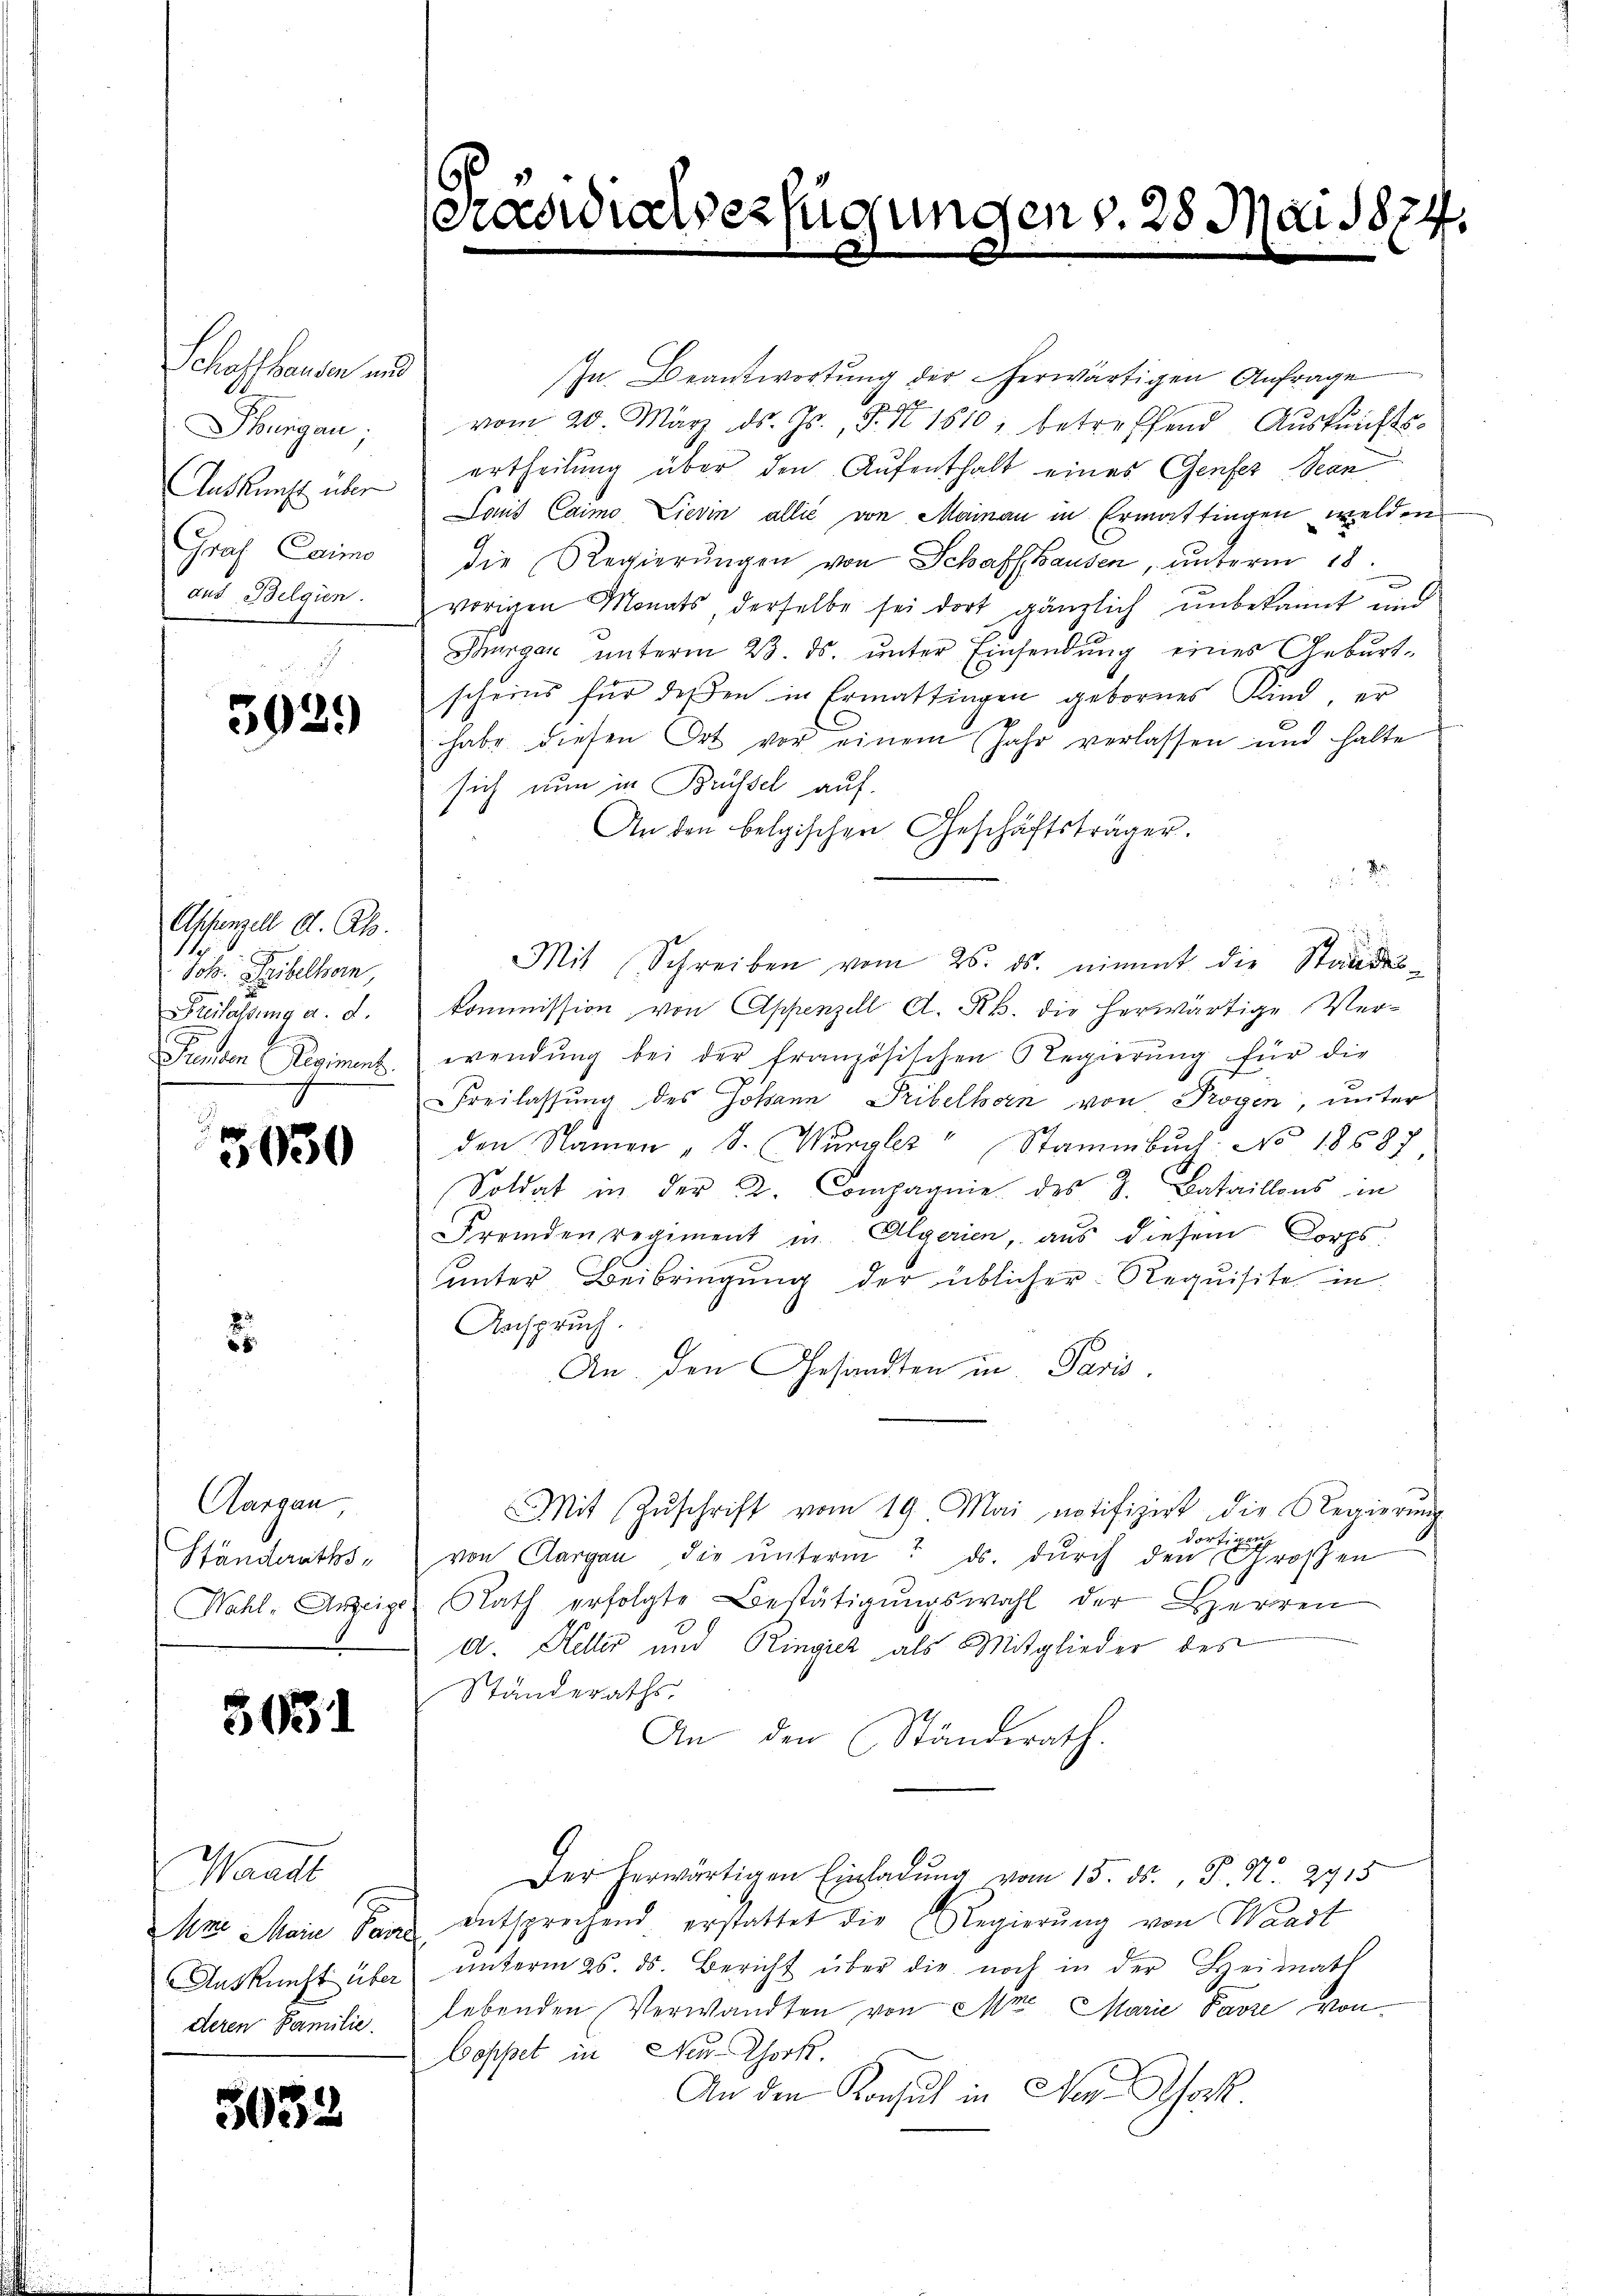
Schotthausen und
A
Thurgau;
Graf Caimo
aus Belgien.

3939

Appenzell A. Ah.
1.
Joh. Leibelhorn,
Sterlassung a. d.

5030

.

Aargau
Ständeraths¬

5051

Waadt
deren Familie.

5032

In Beantwortung der herwärtigen Anfrage
vom 20. März ds. Js., S. Nr. 1810, betreffend Auskunfts-
Auskunft über ertheilung über den Aufenthalt eines Genfer Bean
Somit Caimo, Lievin allić von Mainau in Ermattingen welden
die Regierŭngen von Schaffhausen, unterm 18.
vorigen Monats, derselbe sei dort gänzlich unbekannt und
Thurgau ŭnterm 23. ds. ŭnter Einsendŭng eines Geburt-
scheins für deßen in Ermattingen gebornes Kind, er
habe diesen Ort vor einem Jahr verlassen und halte
sich nun in Brüssel auf.
An den belgischen Geschäftsträger.

Mit Schreiben vom 26. ds. nimmt die Standes-
kommission von Appenzell A. Rh. die herwärtige Ver¬
Funden Regiment, wendung bei der französischen Regierung für die
Freilassung des Johann Pribelhorn von Progen, unter
h
den Namen " J. Wurzler " Stammbŭch: No 18587,
Soldat in der 2. Compagnie des 3. Bataillons in
Fremden regiment in Algerien, aus diesem Corps.
unter Beibringung der üblicher Requisite in
Anspruch.
An den Gesandten in Paris.
Mit Zŭschrift vom 19. Mai notifizirt die Regierŭng
dortigen
von Aargau die ŭnterm 7. ds. durch den Großen
Wahl- Anzeige Rath erfolgte Bestätigŭngswahl der Herren
d. Heller und Ringicz, als Mitglieder des
Ständeraths,
An den Ständerath.
Der herwärtigen Einladŭng vom 15. ds., P. Nr. 2715
Mo. Main an entsprechend erstattet die Regierŭng von Waadt
Aŭskŭnft über ŭnterm 25. ds. Bericht über die noch in der Heimath
lebenden Verwandten von Mit Marie Parze von
Doppet in Ner-Thoot.
An den Konsul in Neuhock.

raswialverfügungen d. 28 Mai 1874.